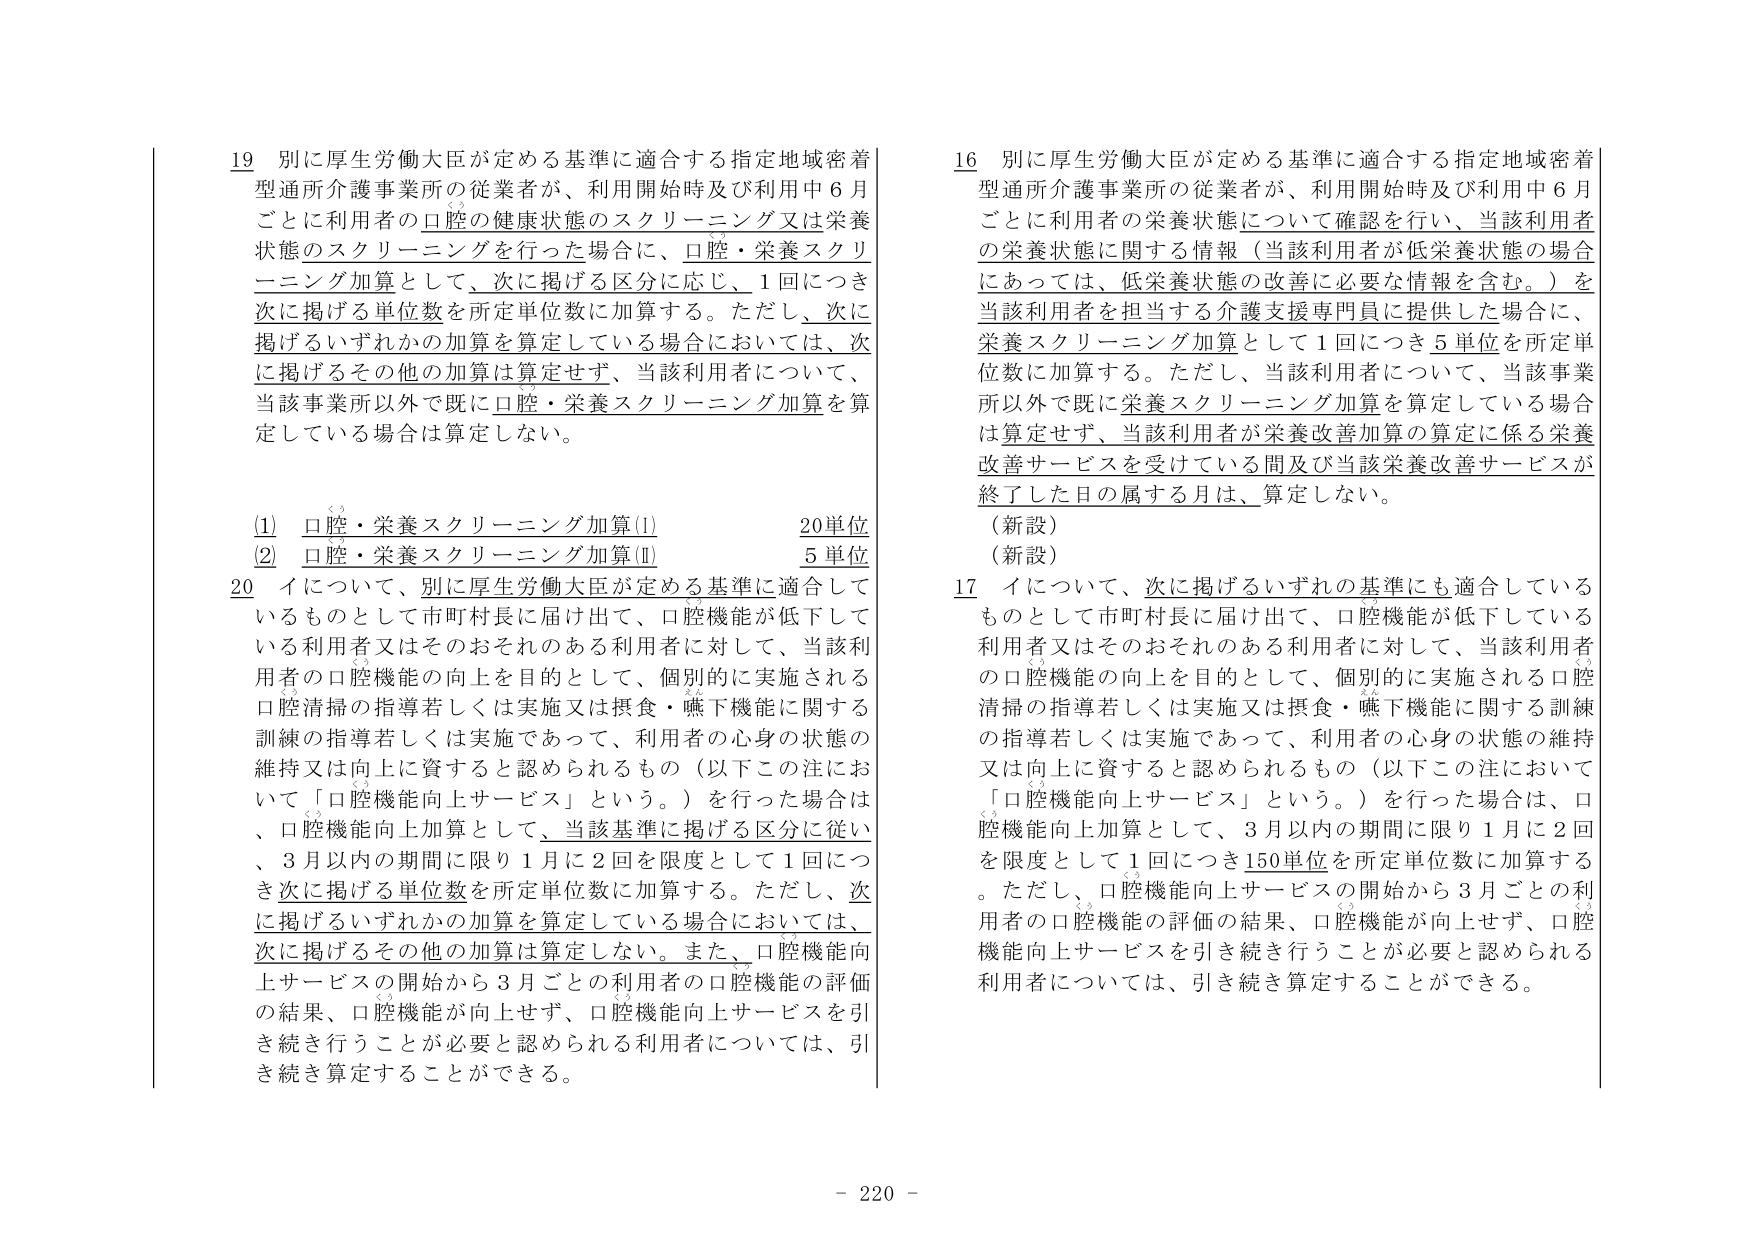
19 別に厚生労働大臣が定める基準に適合する指定地域密着型通所介護事業所の従業者が、利用開始時及び利用中６月ごとに利用者の口腔の健康状態のスクリーニング又は栄養状態のスクリーニングを行った場合に、口腔・栄養スクリーニング加算として、次に掲げる区分に応じ、１回につき次に掲げる単位数を所定単位数に加算する。ただし、次に掲げるいずれかの加算を算定している場合においては、次に掲げるその他の加算は算定せず、当該利用者について、当該事業所以外で既に口腔・栄養スクリーニング加算を算定している場合は算定しない。

(1) 口腔・栄養スクリーニング加算(Ⅰ) 20単位
(2) 口腔・栄養スクリーニング加算(Ⅱ) 5単位

20 イについて、別に厚生労働大臣が定める基準に適合しているものとして市町村長に届け出て、口腔機能が低下している利用者又はそのおそれのある利用者に対して、当該利用者の口腔機能の向上を目的として、個別的に実施される口腔清掃の指導若しくは実施又は摂食・嚥下機能に関する訓練の指導若しくは実施であって、利用者の心身の状態の維持又は向上に資すると認められるもの（以下この注において「口腔機能向上サービス」という。）を行った場合は、口腔機能向上加算として、当該基準に掲げる区分に従い、３月以内の期間に限り１月に２回を限度として１回につき次に掲げる単位数を所定単位数に加算する。ただし、次に掲げるいずれかの加算を算定している場合においては、次に掲げるその他の加算は算定しない。また、口腔機能向上サービスの開始から３月ごとの利用者の口腔機能の評価の結果、口腔機能が向上せず、口腔機能向上サービスを引き続き行うことが必要と認められる利用者については、引き続き算定することができる。

16 別に厚生労働大臣が定める基準に適合する指定地域密着型通所介護事業所の従業者が、利用開始時及び利用中６月ごとに利用者の栄養状態について確認を行い、当該利用者の栄養状態に関する情報（当該利用者が低栄養状態の場合にあっては、低栄養状態の改善に必要な情報を含む。）を当該利用者を担当する介護支援専門員に提供した場合に、栄養スクリーニング加算として１回につき５単位を所定単位数に加算する。ただし、当該利用者について、当該事業所以外で既に栄養スクリーニング加算を算定している場合は算定せず、当該利用者が栄養改善加算の算定に係る栄養改善サービスを受けている間及び当該栄養改善サービスが終了した日の属する月は、算定しない。

（新設）
（新設）

17 イについて、次に掲げるいずれの基準にも適合しているものとして市町村長に届け出て、口腔機能が低下している利用者又はそのおそれのある利用者に対して、当該利用者の口腔機能の向上を目的として、個別的に実施される口腔清掃の指導若しくは実施又は摂食・嚥下機能に関する訓練の指導若しくは実施であって、利用者の心身の状態の維持又は向上に資すると認められるもの（以下この注において「口腔機能向上サービス」という。）を行った場合は、口腔機能向上加算として、３月以内の期間に限り１月に２回を限度として１回につき150単位を所定単位数に加算する。ただし、口腔機能向上サービスの開始から３月ごとの利用者の口腔機能の評価の結果、口腔機能が向上せず、口腔機能向上サービスを引き続き行うことが必要と認められる利用者については、引き続き算定することができる。

- 220 -